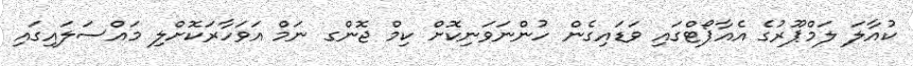
ކުއާލަ ލަމްޕޫރުގެ އެއާޕޯޓްގައި ވަޑައިގެން ހުންނަވަނިކޮށް ކިމް ޖޮންގ ނަމް އަވަހާރަކޮށްލި މައްސަލައިގައި